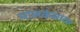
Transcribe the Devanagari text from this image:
मालकंसावर